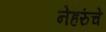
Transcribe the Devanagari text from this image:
नेहरुंचे